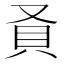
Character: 𬥎